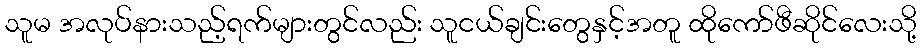
သူမ အလုပ်နားသည့်ရက်များတွင်လည်း သူငယ်ချင်းတွေနှင့်အတူ ထိုကော်ဖီဆိုင်လေးသို့